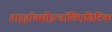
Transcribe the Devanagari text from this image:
हाइड्रॉक्सीइन्डॉलिएसिटिक